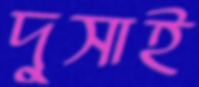
দুসাই